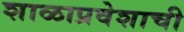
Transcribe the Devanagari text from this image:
शाळाप्रवेशाची